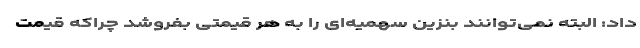
داد: البته نمی‌توانند بنزین سهمیه‌ای را به هر قیمتی بفروشد چراکه قیمت